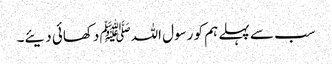
سب سے پہلے ہم کو رسول اللہﷺ دکھائی دیئے۔